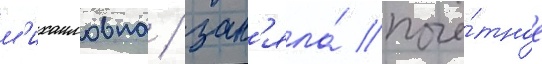
м'ихаиловна / зан'яла́ почё́тное